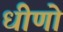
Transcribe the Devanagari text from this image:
धीणो